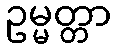
ဥမ္မတ္တာ